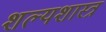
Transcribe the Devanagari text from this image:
शल्यशास्त्र